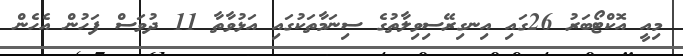
މިއީ އޮކްޓޯބަރު 26ގައި އިނގިރޭސިވިލާތުގެ ސިނަމާތަކުގައި އަޅުވާތާ 11 ދުވަސް ފަހުން އެހެން